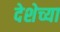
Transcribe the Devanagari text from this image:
देशेच्या